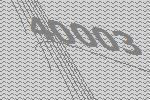
40003